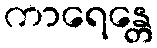
ကာရေန္တေ